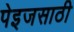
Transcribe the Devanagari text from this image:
पेइजसाठी